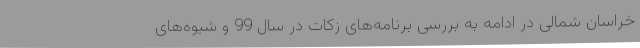
خراسان شمالی در ادامه به بررسی برنامه‌های زکات در سال 99 و شیوه‌های